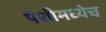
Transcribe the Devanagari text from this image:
पेशीमध्येच